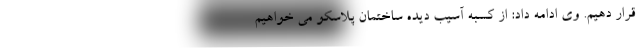
قرار دهیم. وی ادامه داد: از کسبه آسیب دیده ساختمان پلاسکو می خواهیم